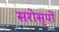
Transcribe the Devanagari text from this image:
सरोसृपों